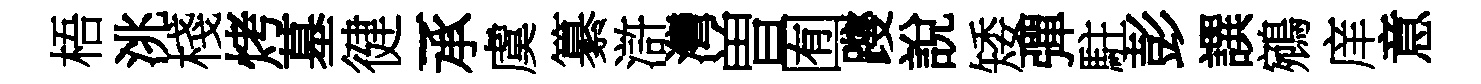
梧洮棧烤墓徤一承虞纂滸灣曽囿躞說矮彈駐彭譔鵷庠意